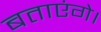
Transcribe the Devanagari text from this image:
बताएंगे।